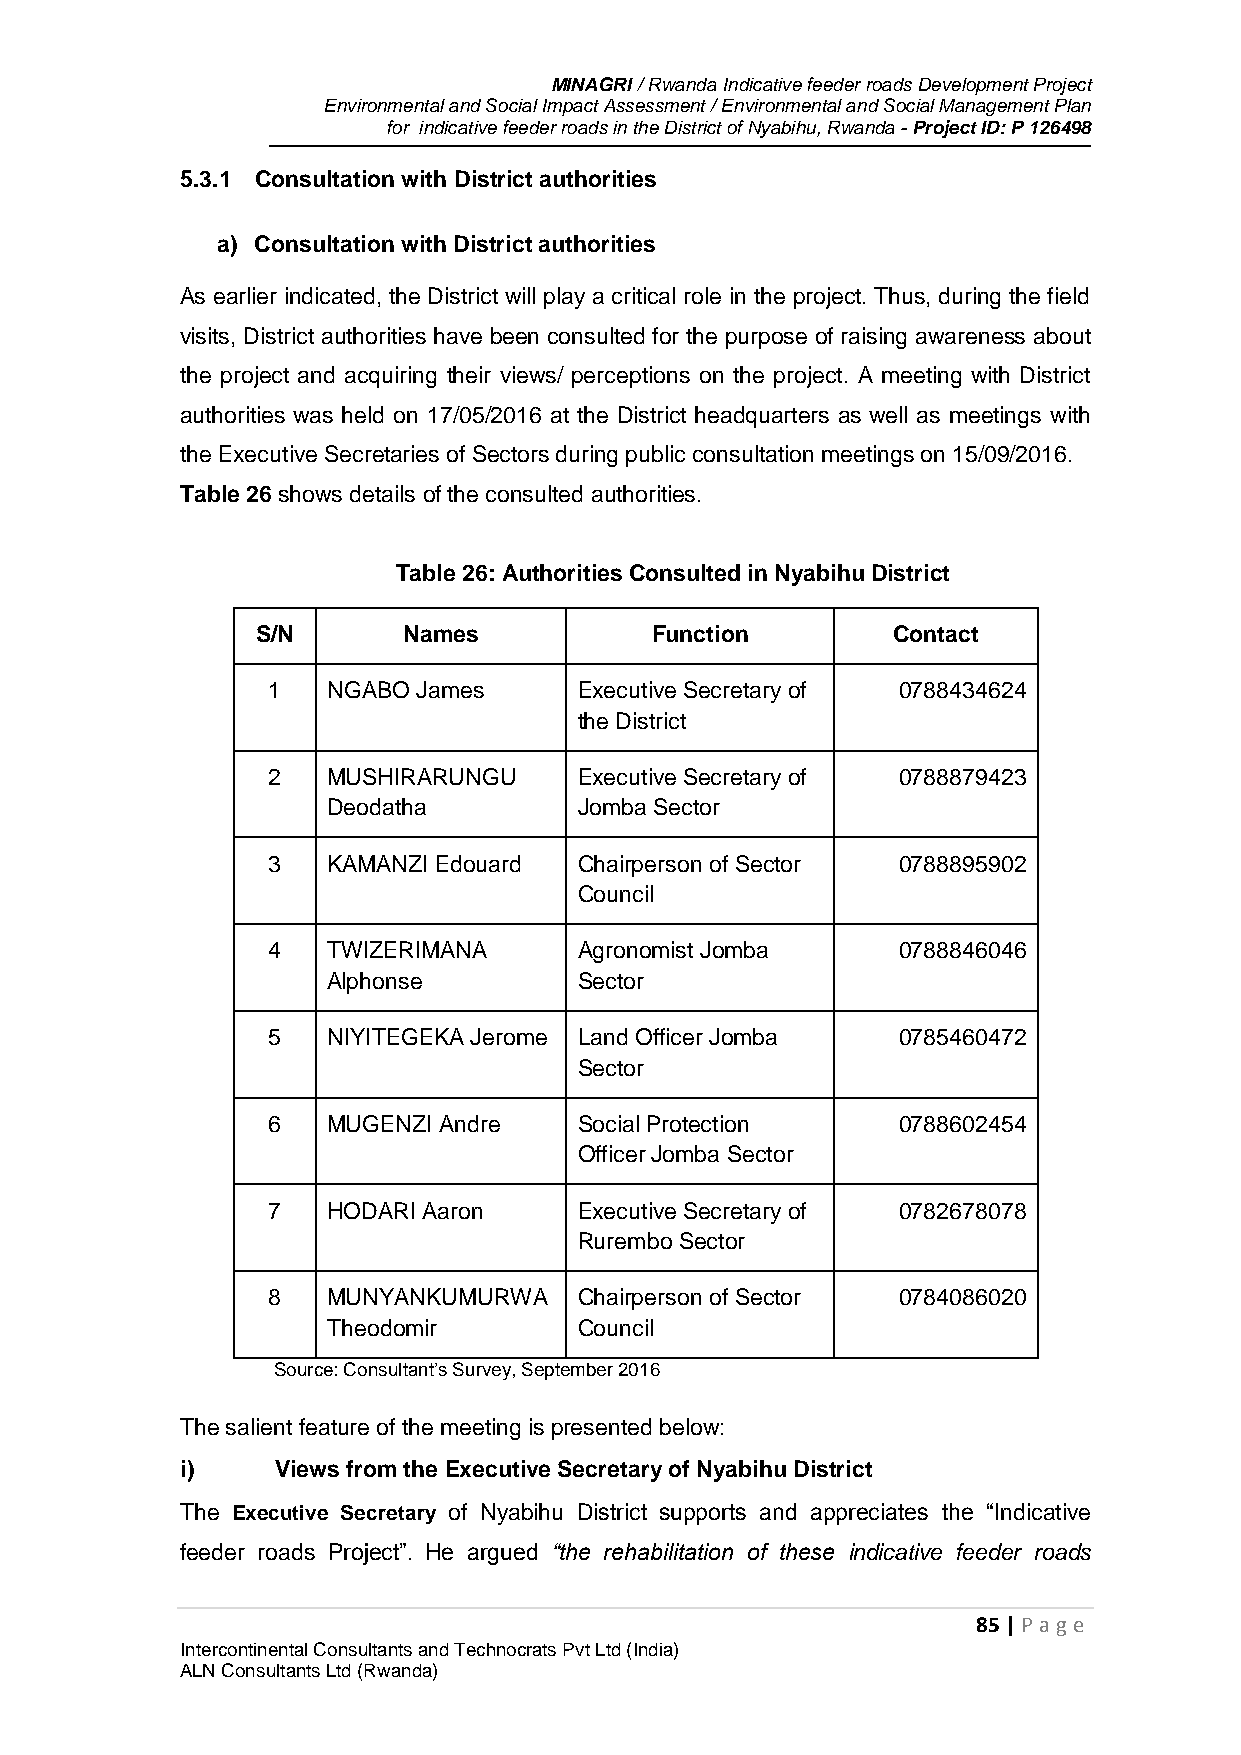
MINAGRI / Rwanda Indicative feeder roads Development Project
 Environmental and Social Impact Assessment / Environmental and Social Management Plan
 for indicative feeder roads in the District of Nyabihu, Rwanda - Project ID: P 126498
 5.3.1 Consultation with District authorities
 a) Consultation with District authorities
 As earlier indicated, the District will play a critical role in the project. Thus, during the field
 visits, District authorities have been consulted for the purpose of raising awareness about
 the project and acquiring their views/ perceptions on the project. A meeting with District
 authorities was held on 17/05/2016 at the District headquarters as well as meetings with
 the Executive Secretaries of Sectors during public consultation meetings on 15/09/2016.
 Table 26 shows details of the consulted authorities.
 Table 26: Authorities Consulted in Nyabihu District
 S/N       Names           Function        Contact
 1   NGABO James     Executive Secretary of 0788434624
 the District
 2   MUSHIRARUNGU    Executive Secretary of 0788879423
 Deodatha        Jomba Sector
 3   KAMANZI Edouard Chairperson of Sector 0788895902
 Council
 4   TWIZERIMANA     Agronomist Jomba     0788846046
 Alphonse        Sector
 5   NIYITEGEKA Jerome Land Officer Jomba 0785460472
 Sector
 6   MUGENZI Andre   Social Protection    0788602454
 Officer Jomba Sector
 7   HODARI Aaron    Executive Secretary of 0782678078
 Rurembo Sector
 8   MUNYANKUMURWA   Chairperson of Sector 0784086020
 Theodomir       Council
 Source: Consultant’s Survey, September 2016
 The salient feature of the meeting is presented below:
 i)    Views from the Executive Secretary of Nyabihu District
 The Executive Secretary of Nyabihu District supports and appreciates the “Indicative
 feeder roads Project”. He argued “the rehabilitation of these indicative feeder roads
 85 | P age
 Intercontinental Consultants and Technocrats Pvt Ltd (India)
 ALN Consultants Ltd (Rwanda)